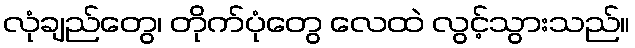
လုံချည်တွေ၊ တိုက်ပုံတွေ လေထဲ လွင့်သွားသည်။